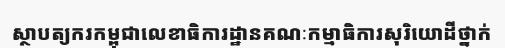
ស្ថាបត្យករកម្ពុជាលេខាធិការដ្ឋានគណៈកម្មាធិការសុរិយោដីថ្នាក់